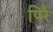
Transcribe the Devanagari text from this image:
पिरै